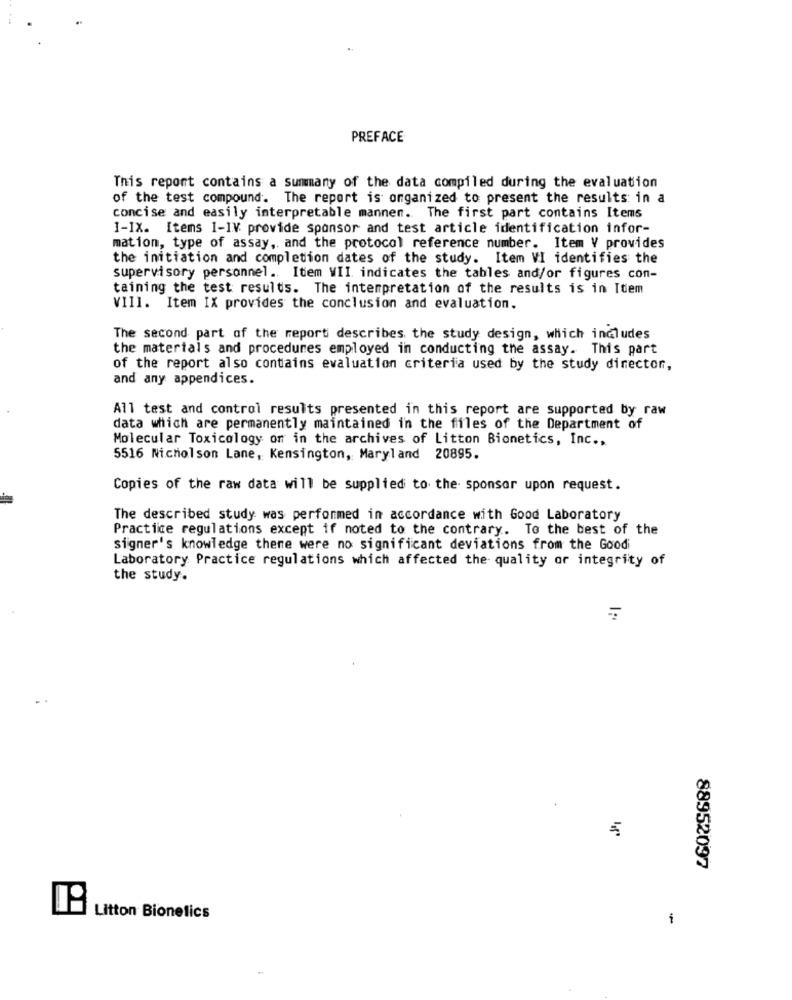
PREFACE
This report contains a summary of the data compiled during the evaluation
of the test compound. The report is organized to present the results: in a
concise and easily interpretable mannen. The first part contains Items
I-IX. Items 1-IV provide sponsor and test article identification infor-
mation, type of assay, and the protocol reference number. Item V provides
the initiation and completion dates of the study. Item VI identifies the
supervisory personnel .. Item VII indicates the tables and/or figures con-
taining the test results. The interpretation of the results is in Item
VIII. Item IX provides the conclusion and evaluation.
The second part of the report describes the study design, which includes
the materials and procedures employed in conducting the assay. This part
of the report also contains evaluation criteria used by the study director,
and any appendices.
All test and control results presented in this report are supported by raw
data which are permanently maintained in the files of the Department of
Molecular Toxicology on in the archives of Litton Bionetics, Inc .,
5516 Nicholson Lane, Kensington, Maryland 20895.
Copies of the raw data will be supplied to the sponsor upon request.
The described study was performed in accordance with Good Laboratory
Practice regulations except if noted to the contrary. To the best of the
signer's knowledge there were no significant deviations from the Goodi
Laboratory Practice regulations which affected the quality or integrity of
the study.
88952097
Litton Bionetics
-
.